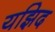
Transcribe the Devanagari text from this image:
यझिद